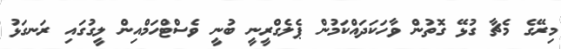
މިރޭގެ މެޗާ ގުޅޭ ގޮތުން ވާހަކަދައްކަމުން ޕެލެގްރީނީ ބުނީ ވެސްޓްހަމްއިން ލީގުގައި ރަނގަޅު